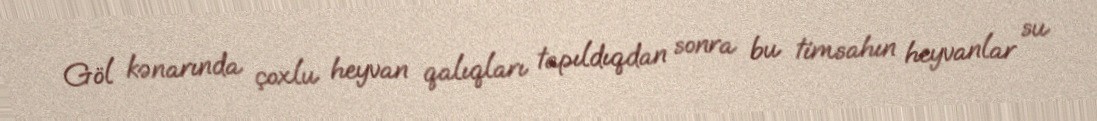
Göl kənarında çoxlu heyvan qalıqları tapıldıqdan sonra bu timsahın heyvanlar su